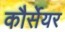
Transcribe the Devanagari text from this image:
कौर्सेयर